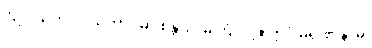
“ဥပါသက၊ ဒါယကာ။ မာ စိန္တယိ၊ မကြံလင့်။ ဣဒံ မရဏံ နာမ၊